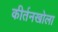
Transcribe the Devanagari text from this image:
कीर्तनखोला